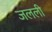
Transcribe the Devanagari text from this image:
जलली